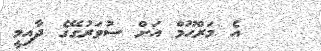
އެ މަރްޙޫމް އަށް ސުވަރުގޭގެ ދާއިމީ